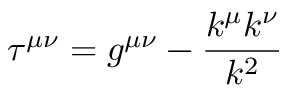
\tau ^ { \mu \nu } = g ^ { \mu \nu } - \frac { k ^ { \mu } k ^ { \nu } } { k ^ { 2 } }